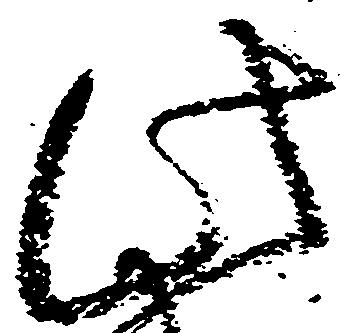
此